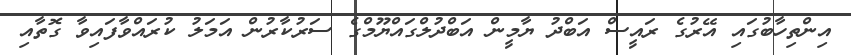
އިންތިހާބުގައި އޭރުގެ ރައީސް އަބްދު ޔާމީން އަބްދުލްގައްޔޫމްގެ ސަރުކާރުން އަމަލު ކުރައްވާފައިވާ ގޮތާއި